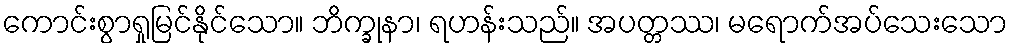
ကောင်းစွာရှုမြင်နိုင်သော။ ဘိက္ခုနာ၊ ရဟန်းသည်။ အပတ္တဿ၊ မရောက်အပ်သေးသော